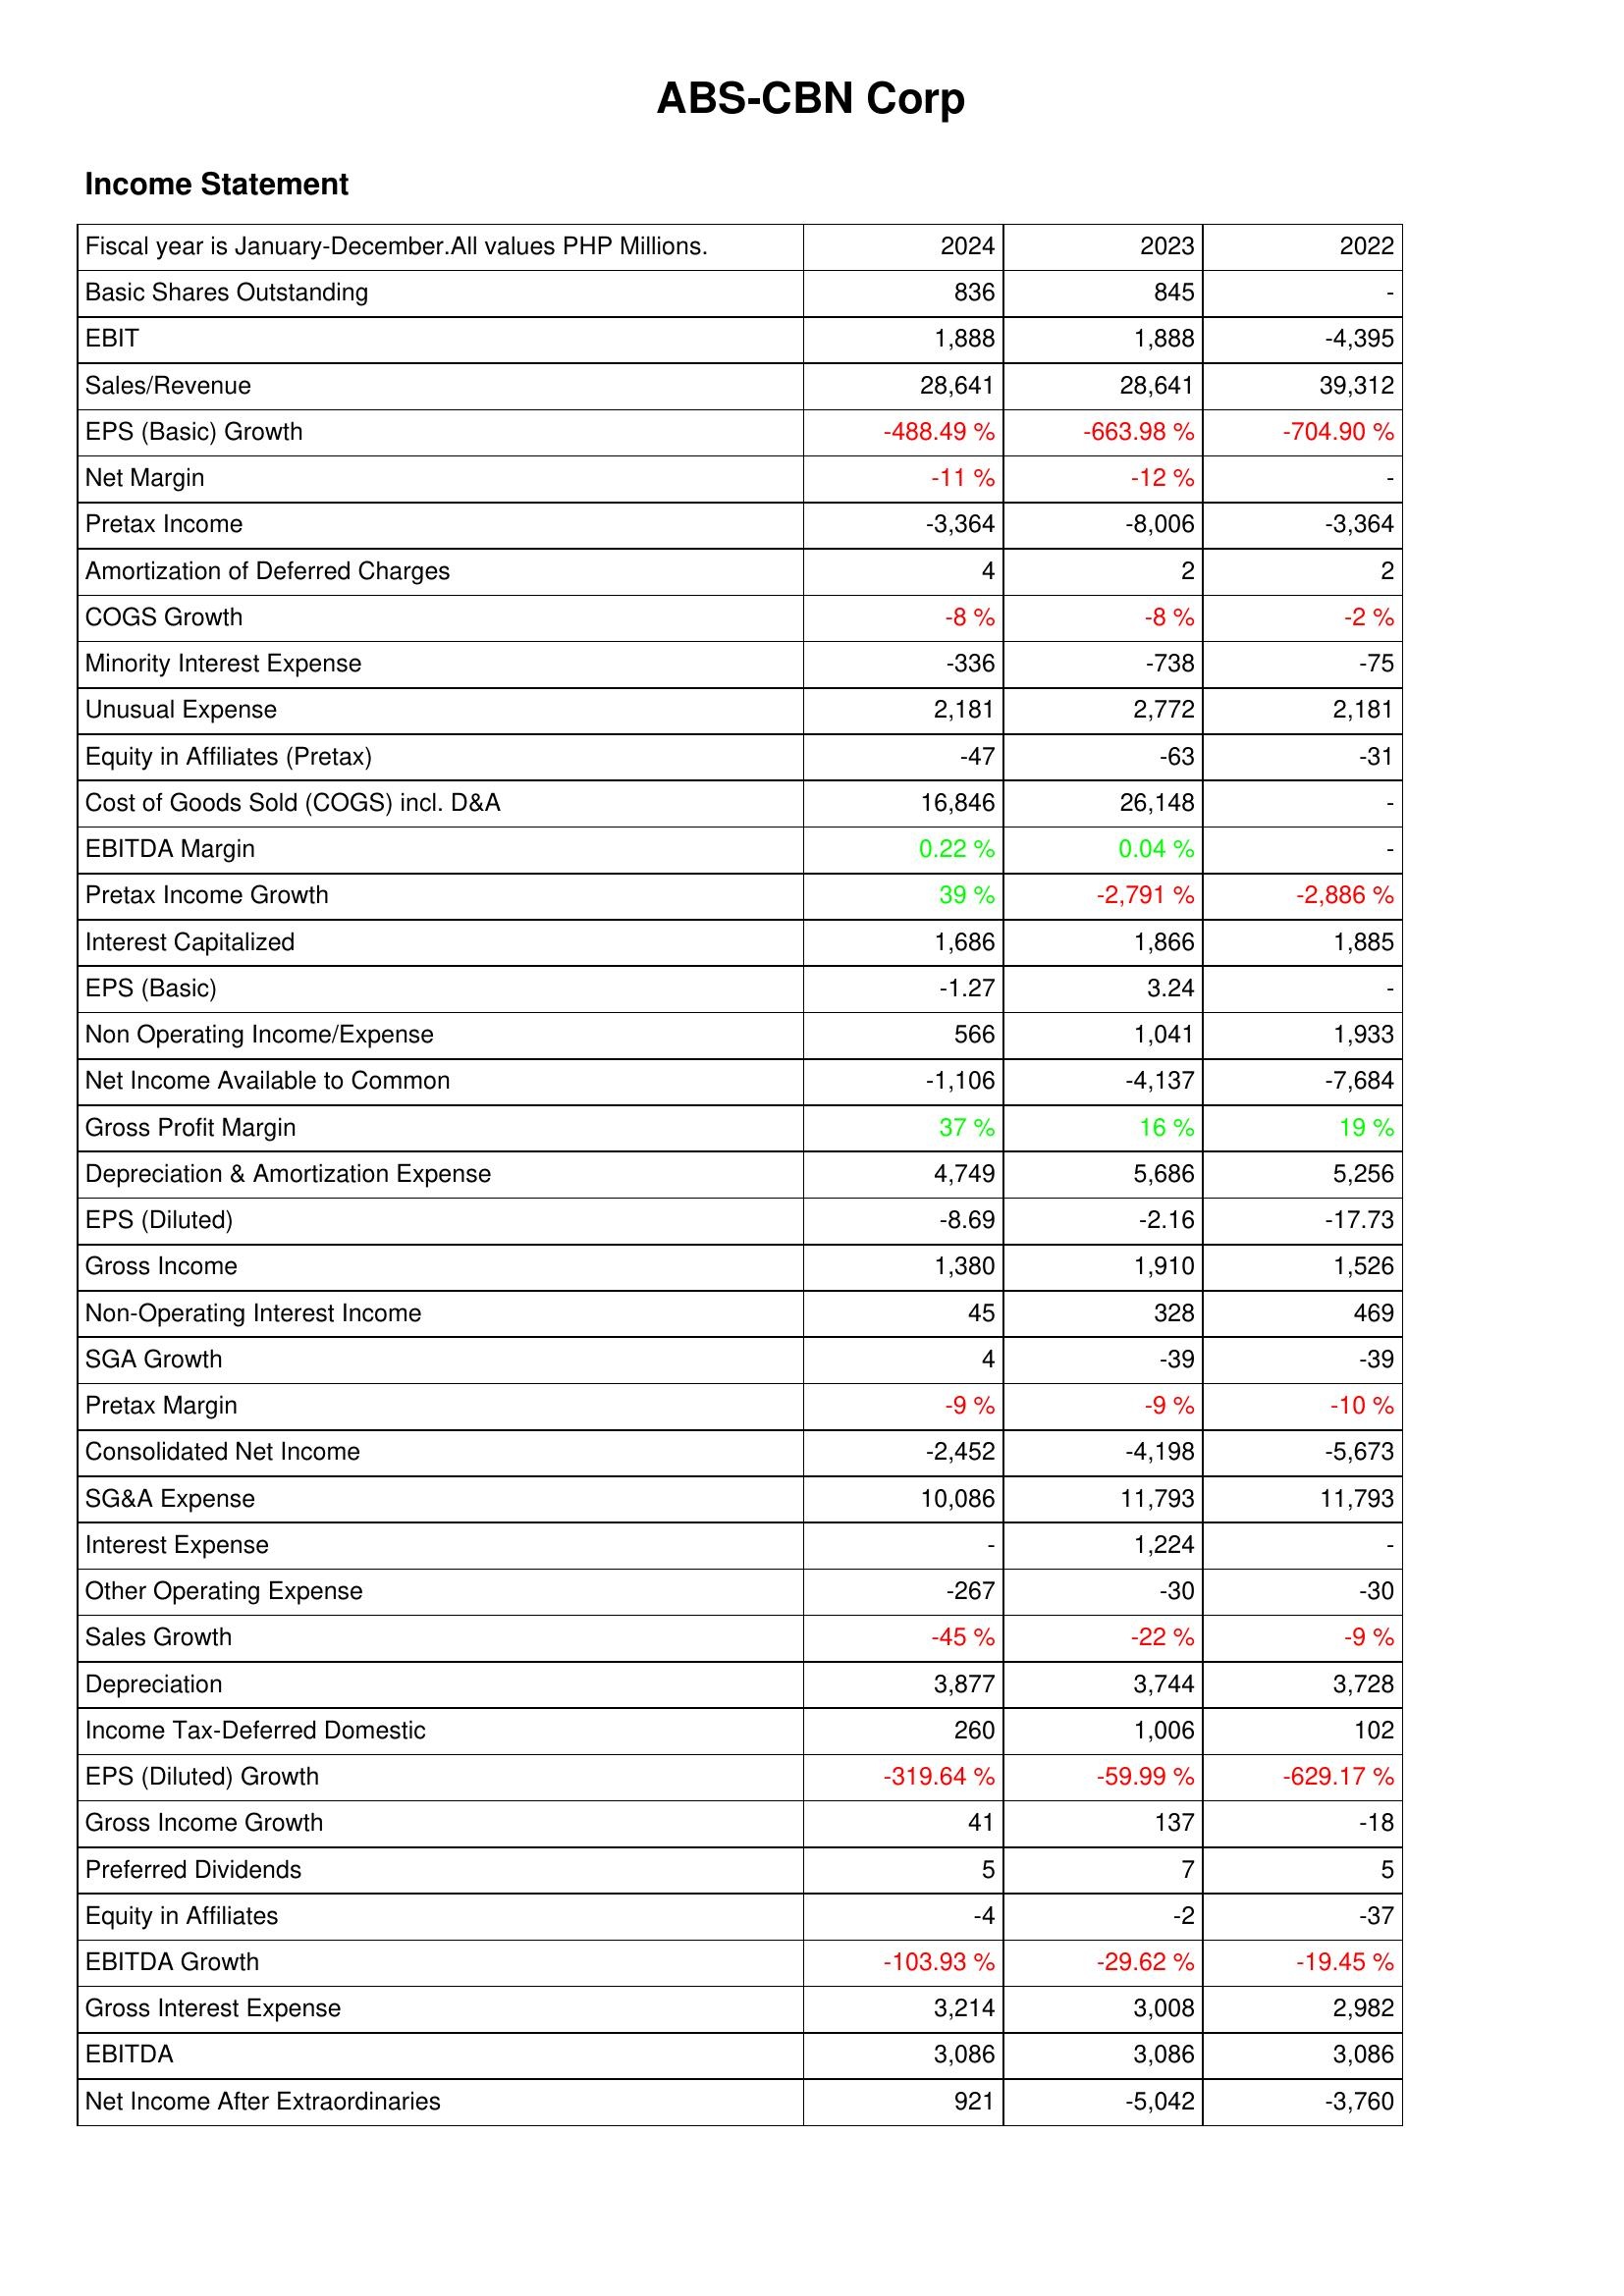
2024: Income Statement: Basic Shares Outstanding: 836
EBIT: 1,888
Sales/Revenue: 28,641
EPS (Basic) Growth: -488.49 %
Net Margin: -11 %
Pretax Income: -3,364
Amortization of Deferred Charges: 4
COGS Growth: -8 %
Minority Interest Expense: -336
Unusual Expense: 2,181
Equity in Affiliates (Pretax): -47
Cost of Goods Sold (COGS) incl. D&A: 16,846
EBITDA Margin: 0.22 %
Pretax Income Growth: 39 %
Interest Capitalized: 1,686
EPS (Basic): -1.27
Non Operating Income/Expense: 566
Net Income Available to Common: -1,106
Gross Profit Margin: 37 %
Depreciation & Amortization Expense: 4,749
EPS (Diluted): -8.69
Gross Income: 1,380
Non-Operating Interest Income: 45
SGA Growth: 4
Pretax Margin: -9 %
Consolidated Net Income: -2,452
SG&A Expense: 10,086
Interest Expense: -
Other Operating Expense: -267
Sales Growth: -45 %
Depreciation: 3,877
Income Tax-Deferred Domestic: 260
EPS (Diluted) Growth: -319.64 %
Gross Income Growth: 41
Preferred Dividends: 5
Equity in Affiliates: -4
EBITDA Growth: -103.93 %
Gross Interest Expense: 3,214
EBITDA: 3,086
Net Income After Extraordinaries: 921
2023: Income Statement: Basic Shares Outstanding: 845
EBIT: 1,888
Sales/Revenue: 28,641
EPS (Basic) Growth: -663.98 %
Net Margin: -12 %
Pretax Income: -8,006
Amortization of Deferred Charges: 2
COGS Growth: -8 %
Minority Interest Expense: -738
Unusual Expense: 2,772
Equity in Affiliates (Pretax): -63
Cost of Goods Sold (COGS) incl. D&A: 26,148
EBITDA Margin: 0.04 %
Pretax Income Growth: -2,791 %
Interest Capitalized: 1,866
EPS (Basic): 3.24
Non Operating Income/Expense: 1,041
Net Income Available to Common: -4,137
Gross Profit Margin: 16 %
Depreciation & Amortization Expense: 5,686
EPS (Diluted): -2.16
Gross Income: 1,910
Non-Operating Interest Income: 328
SGA Growth: -39
Pretax Margin: -9 %
Consolidated Net Income: -4,198
SG&A Expense: 11,793
Interest Expense: 1,224
Other Operating Expense: -30
Sales Growth: -22 %
Depreciation: 3,744
Income Tax-Deferred Domestic: 1,006
EPS (Diluted) Growth: -59.99 %
Gross Income Growth: 137
Preferred Dividends: 7
Equity in Affiliates: -2
EBITDA Growth: -29.62 %
Gross Interest Expense: 3,008
EBITDA: 3,086
Net Income After Extraordinaries: -5,042
2022: Income Statement: Basic Shares Outstanding: -
EBIT: -4,395
Sales/Revenue: 39,312
EPS (Basic) Growth: -704.90 %
Net Margin: -
Pretax Income: -3,364
Amortization of Deferred Charges: 2
COGS Growth: -2 %
Minority Interest Expense: -75
Unusual Expense: 2,181
Equity in Affiliates (Pretax): -31
Cost of Goods Sold (COGS) incl. D&A: -
EBITDA Margin: -
Pretax Income Growth: -2,886 %
Interest Capitalized: 1,885
EPS (Basic): -
Non Operating Income/Expense: 1,933
Net Income Available to Common: -7,684
Gross Profit Margin: 19 %
Depreciation & Amortization Expense: 5,256
EPS (Diluted): -17.73
Gross Income: 1,526
Non-Operating Interest Income: 469
SGA Growth: -39
Pretax Margin: -10 %
Consolidated Net Income: -5,673
SG&A Expense: 11,793
Interest Expense: -
Other Operating Expense: -30
Sales Growth: -9 %
Depreciation: 3,728
Income Tax-Deferred Domestic: 102
EPS (Diluted) Growth: -629.17 %
Gross Income Growth: -18
Preferred Dividends: 5
Equity in Affiliates: -37
EBITDA Growth: -19.45 %
Gross Interest Expense: 2,982
EBITDA: 3,086
Net Income After Extraordinaries: -3,760